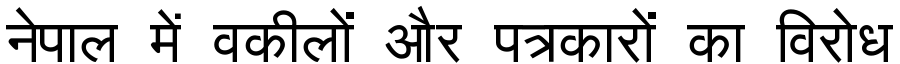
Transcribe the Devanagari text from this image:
नेपाल में वकीलों और पत्रकारों का विरोध